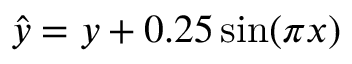
\hat { y } = y + 0 . 2 5 \sin ( \pi x )